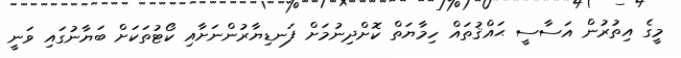
މީގެ އިތުރުން އަސާސީ ޙައްޤުތައް ހިމާޔަތް ކޮށްދިނުމަށް ފަނޑިޔާރުންނަށާއި ކޯޓުތަކަށް ބަޔާނުގައި ވަނީ